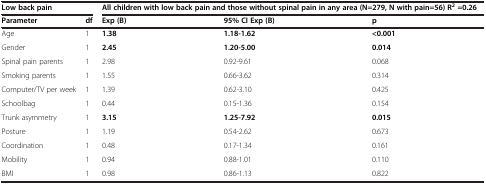
<table><thead><tr><td><b>Low back pain</b></td><td><b> </b></td><td colspan="3"><b>All children with low back pain and those without spinal pain in any area (N=279, N with pain=56) R<sup>2 </sup>=0.26</b></td></tr><tr><td><b>Parameter</b></td><td><b>df</b></td><td><b>Exp (B)</b></td><td><b>95% CI Exp (B)</b></td><td><b>p</b></td></tr></thead><tbody><tr><td>Age</td><td>1</td><td><b>1.38</b></td><td><b>1.18-1.62</b></td><td><b>&lt;0.001</b></td></tr><tr><td>Gender</td><td>1</td><td><b>2.45</b></td><td><b>1.20-5.00</b></td><td><b>0.014</b></td></tr><tr><td>Spinal pain parents</td><td>1</td><td>2.98</td><td>0.92-9.61</td><td>0.068</td></tr><tr><td>Smoking parents</td><td>1</td><td>1.55</td><td>0.66-3.62</td><td>0.314</td></tr><tr><td>Computer/TV per week</td><td>1</td><td>1.39</td><td>0.62-3.10</td><td>0.425</td></tr><tr><td>Schoolbag</td><td>1</td><td>0.44</td><td>0.15-1.36</td><td>0.154</td></tr><tr><td>Trunk asymmetry</td><td>1</td><td><b>3.15</b></td><td><b>1.25-7.92</b></td><td><b>0.015</b></td></tr><tr><td>Posture</td><td>1</td><td>1.19</td><td>0.54-2.62</td><td>0.673</td></tr><tr><td>Coordination</td><td>1</td><td>0.48</td><td>0.17-1.34</td><td>0.161</td></tr><tr><td>Mobility</td><td>1</td><td>0.94</td><td>0.88-1.01</td><td>0.110</td></tr><tr><td>BMI</td><td>1</td><td>0.98</td><td>0.86-1.13</td><td>0.822</td></tr></tbody></table>